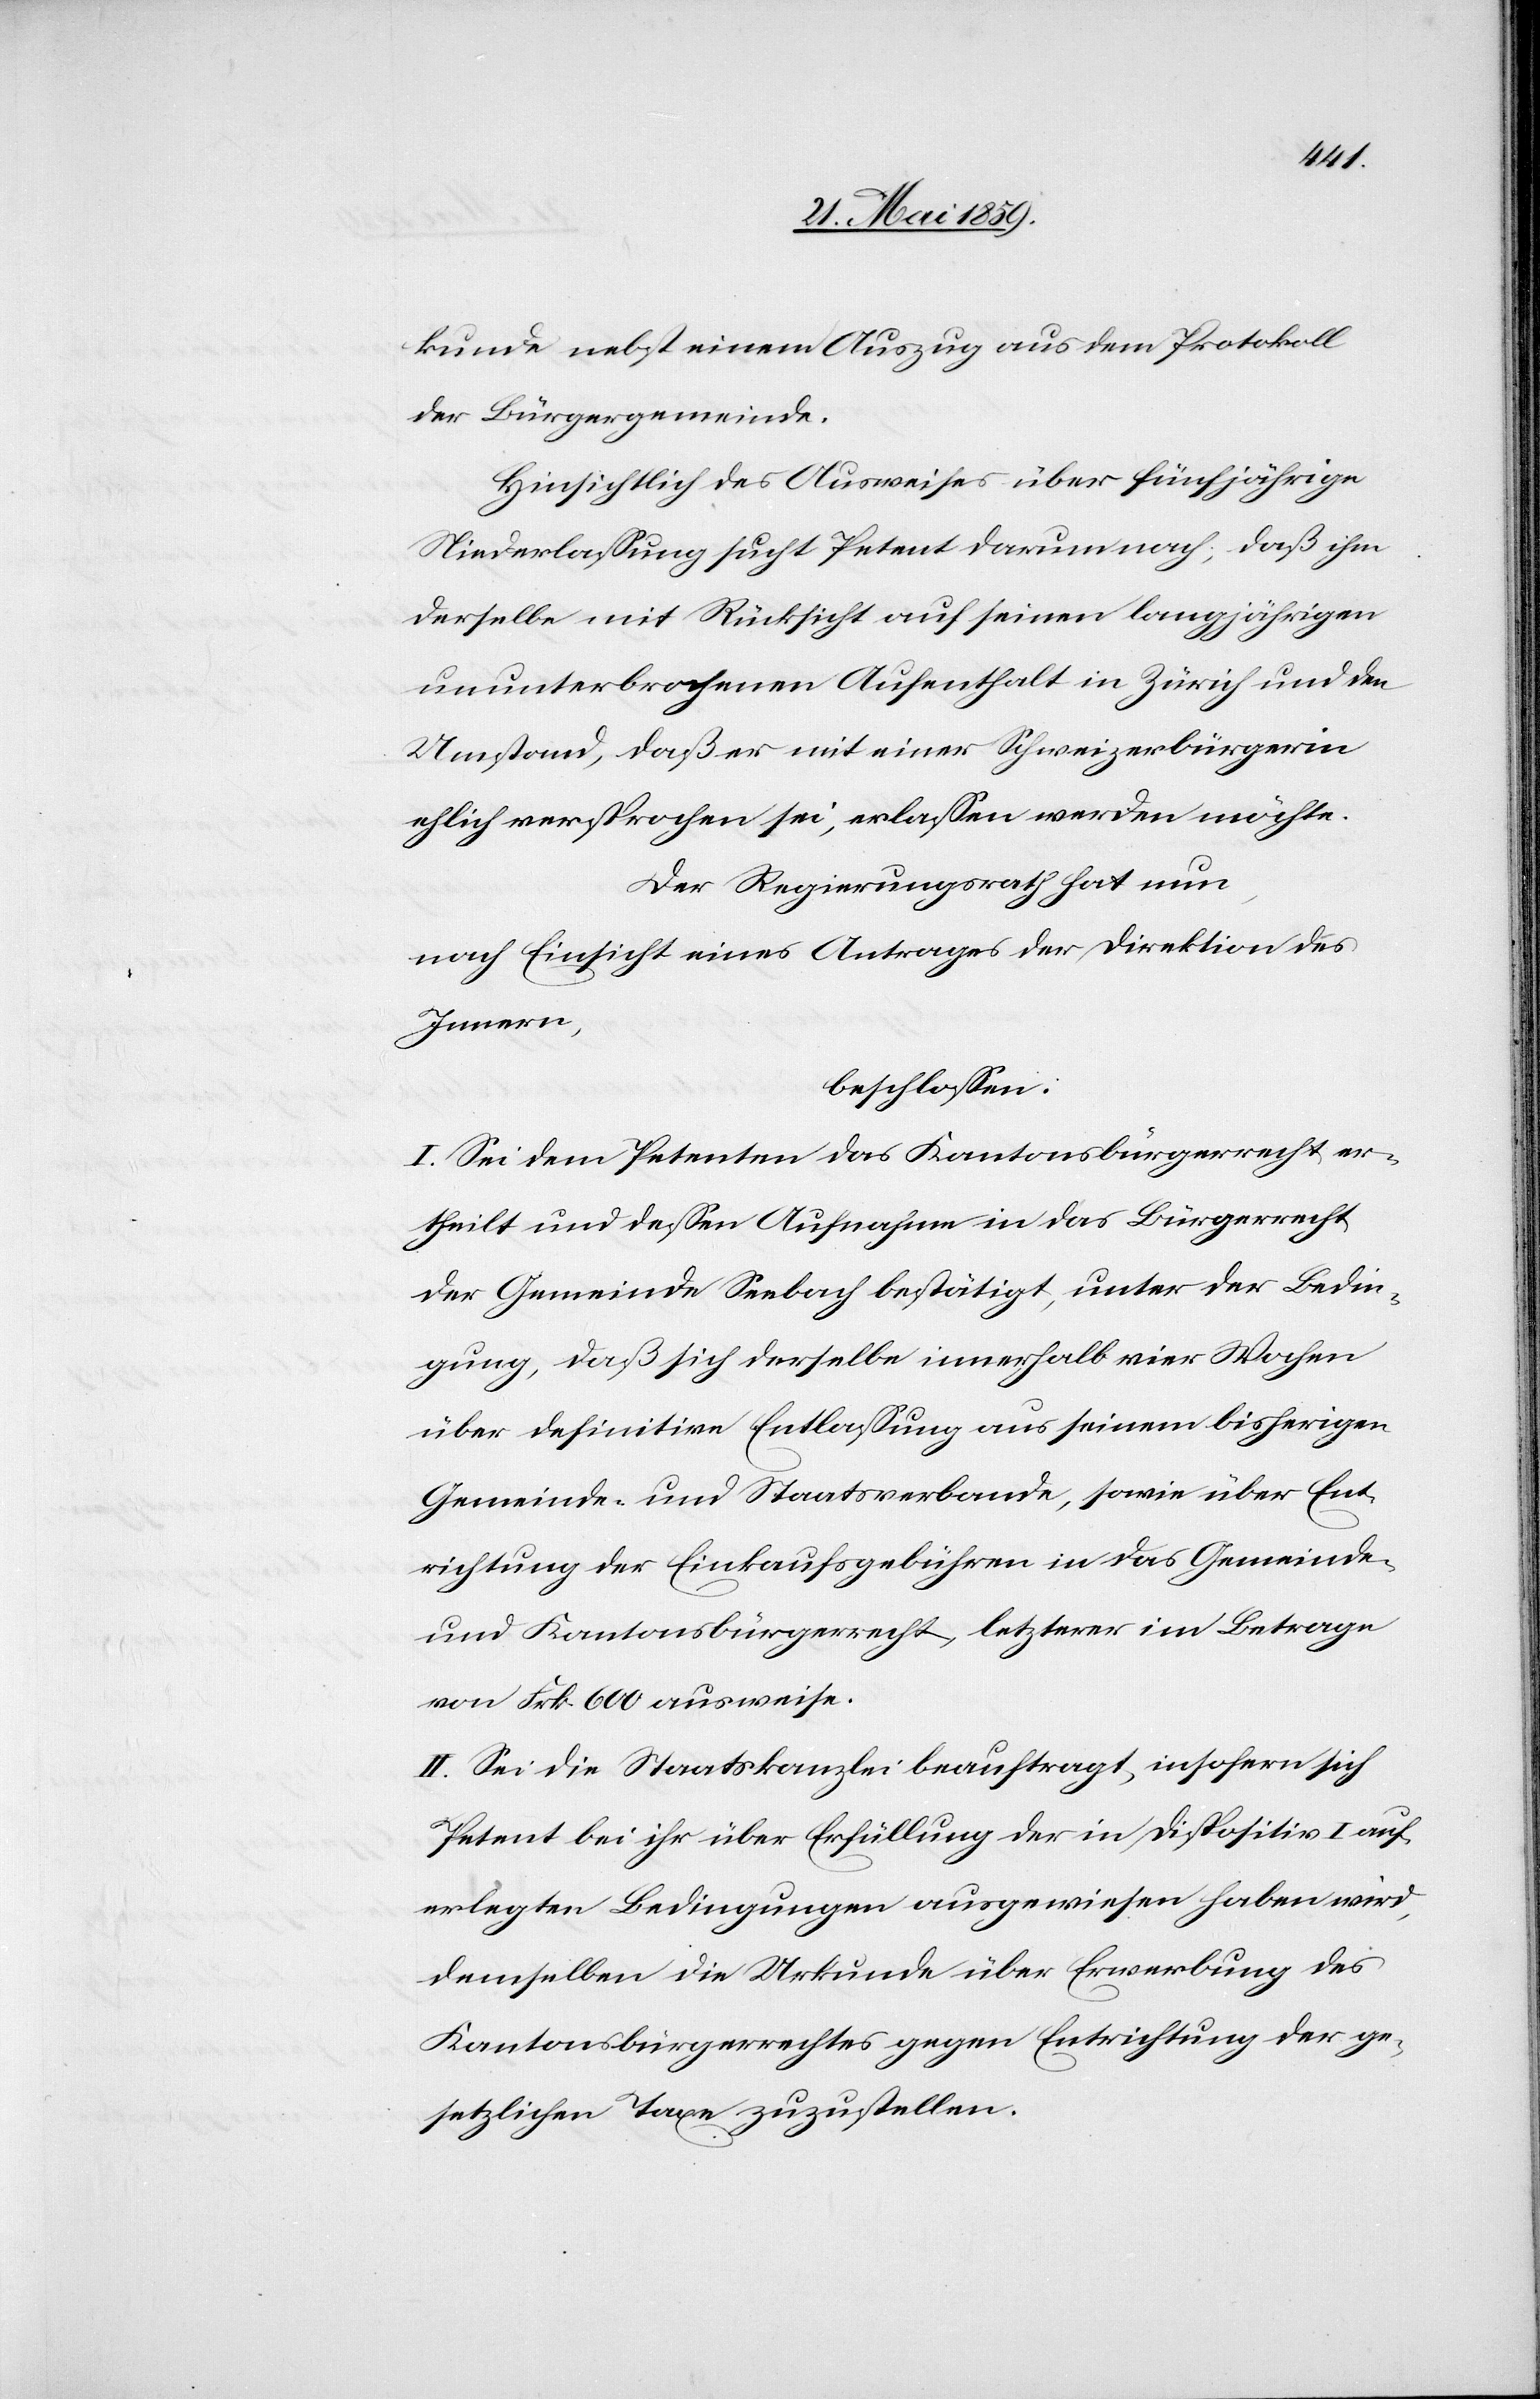
kunde nebst einem Auszug aus dem Protokoll
der Bürgergemeinde.
Hinsichtlich des Ausweises über fünfjährige
Niederlassung sucht Petent darum nach, daß ihm
derselbe mit Rücksicht auf seinen langjährigen
ununterbrochenen Aufenthalt in Zürich und den
Umstand, daß er mit einer Schweizerbürgerin
ehlich versprochen sei, erlassen werden möchte.
Der Regierungsrath hat nun,
nach Einsicht eines Antrages der Direktion des
Innern,b¬
eschlossen:
I. Sei dem Petenten das Kantonsbrügerrecht er¬
theilt und dessen Aufnahme in das Bürgerrecht
der Gemeinde Seebach bestätigt, unter der Bedin¬
gung, daß sich derselbe innerhalb vier Wochen
über definitive Entlassung aus seinem bisherigen
Gemeinde- und Staatsverbande, sowie über Ent¬
richtung der Einkaufsgebühren in das Gemeinde-
und Kantonsbürgerrecht, letzterer im Betrage
von Frk. 600 ausweise.
II. Sei die Staatskanzlei beauftragt, insofern sich
Petent bei ihr über Erfüllung der in Dispositiv I auf¬
erlegten Bedingungen ausgewiesen haben wird,
demselben die Urkunde über Erwerbung des
Kantonsbürgerrechts gegen Entrichtung der ge¬
setzlichen Taxe zuzustellen.